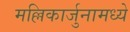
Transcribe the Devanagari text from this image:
मल्लिकार्जुनामध्ये